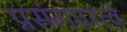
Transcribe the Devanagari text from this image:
प्रसंगपरत्वे